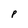
Character: p